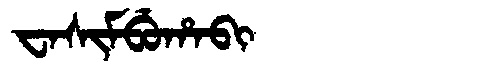
Manchu: ᠸᠠᠰᡳᠮᠪᡠᡥᠠᠪᡳ
Romanization: WASIMBUHABI